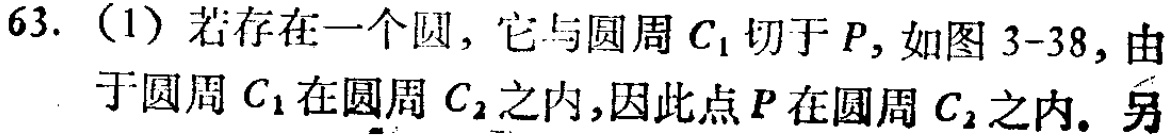
63. （1）若存在一个圆，它与圆周\(C_{1}\)切于\(P\)，如图3 - 38，由于圆周\(C_{1}\)在圆周\(C_{2}\)之内，因此点\(P\)在圆周\(C_{2}\)之内. 另